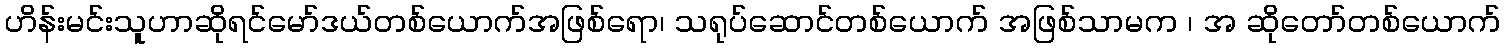
ဟိန်းမင်းသူဟာဆိုရင်မော်ဒယ်တစ်ယောက်အဖြစ်ရော၊ သရုပ်ဆောင်တစ်ယောက် အဖြစ်သာမက ၊ အ ဆိုတော်တစ်ယောက်